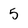
Character: 5